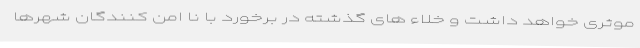
موثری خواهد داشت و خلاء های گذشته در برخورد با نا امن کنندگان شهرها